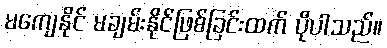
မကျေနိုင် မချမ်းနိုင်ဖြစ်ခြင်းထက် ပိုပါသည်။